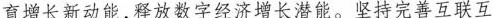
育增长新动能，释放数字经济增长潜能。坚持完善互联互